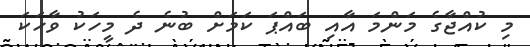
މި ކުއްޖާގެ މަންމަ އާއި ބައްޕަ ކަމަށް ބުނެ ދެ މީހަކު ވާހަކަ